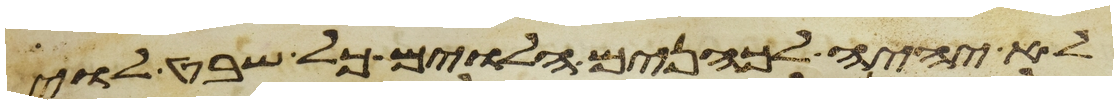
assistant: לא יהיה לכהנים הלוים כל שבט לוי